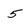
Character: 5